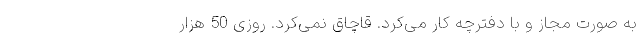
به صورت مجاز و با دفترچه کار می‌کرد. قاچاق نمی‌کرد. روزی 50‌ هزار